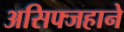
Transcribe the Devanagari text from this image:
असिफ्जहाने